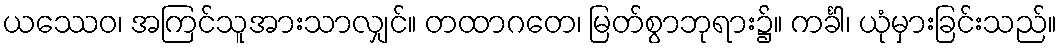
ယဿေဝ၊ အကြင်သူအားသာလျှင်။ တထာဂတေ၊ မြတ်စွာဘုရား၌။ ကင်္ခါ၊ ယုံမှားခြင်းသည်။